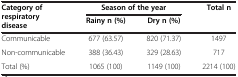
<table><thead><tr><td rowspan="2"><b>Category of respiratory disease</b></td><td colspan="2"><b>Season of the year</b></td><td><b>Total n</b></td></tr><tr><td><b>Rainy n (%)</b></td><td><b>Dry n (%)</b></td><td><b> </b></td></tr></thead><tbody><tr><td>Communicable</td><td>677 (63.57)</td><td>820 (71.37)</td><td>1497</td></tr><tr><td>Non-communicable</td><td>388 (36.43)</td><td>329 (28.63)</td><td>717</td></tr><tr><td>Total (%)</td><td>1065 (100)</td><td>1149 (100)</td><td>2214 (100)</td></tr></tbody></table>